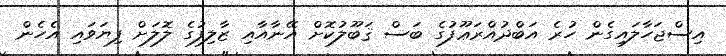
އިސްޖަހާލައިގެން ހުރެ އަބްދުއްރަޢޫފުގެ ބަސް ޤަބޫލުކޮށް އޭނާއާއި ޒާލިފުގެ ލޮލަށް ފިޔަވައި އެހެން